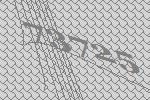
73725